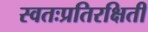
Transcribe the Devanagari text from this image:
स्वतःप्रतिरक्षिती